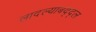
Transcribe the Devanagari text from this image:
लादल्याबद्द्ल